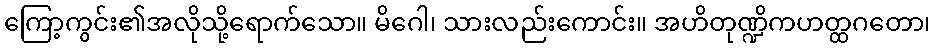
ကြော့ကွင်း၏အလိုသို့ရောက်သော။ မိဂေါ၊ သားလည်းကောင်း။ အဟိတုဏ္ဍိကဟတ္ထဂတော၊